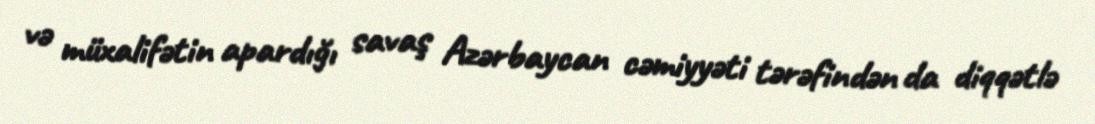
və müxalifətin apardığı savaş Azərbaycan cəmiyyəti tərəfindən da diqqətlə